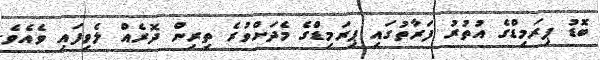
ބޮޑު ޕިރަމިޑްގެ އުތުރު ފަރާތުގައި ޕިރަމިޑްގެ މެދަށްވުރެ ތިރިން ދޮރެއް ލެވިފައި ވެއެވެ.